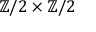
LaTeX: \mathbb { Z } / 2 \times \mathbb { Z } / 2